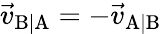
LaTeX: {\vec{v}}_{\mathrm{B|A}}=-{\vec{v}}_{\mathrm{A|B}}